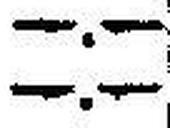
—.—